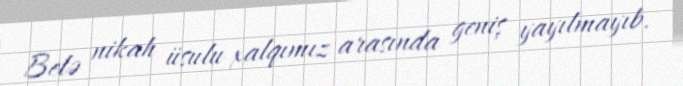
Belə nikah üsulu xalqımız arasında geniş yayılmayıb.